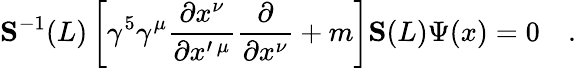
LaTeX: {\mathbf S}^{-1}(L)\left[\gamma^{5}\gamma^{\mu}\frac{\partial x^{\nu}}{\partial x^{\prime\, \mu}}\frac{\partial}{\partial x^{\nu}}+m\right]{\mathbf S}(L)\Psi(x)=0\quad.